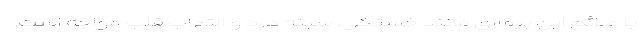
با علائم این بیماری مانند خستگی، سینه درد و التهاب قلب مواجه است.